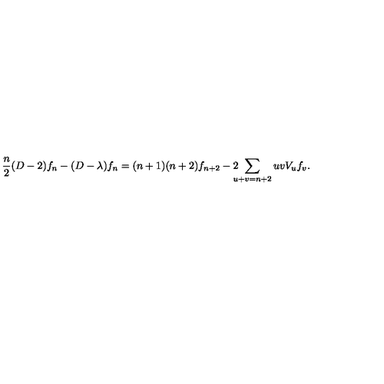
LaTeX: \frac { n } { 2 } ( D - 2 ) f _ { n } - ( D - \lambda ) f _ { n } = ( n + 1 ) ( n + 2 ) f _ { n + 2 } - 2 \! \! \! \! \sum _ { u + v = n + 2 } u v V _ { u } f _ { v } .